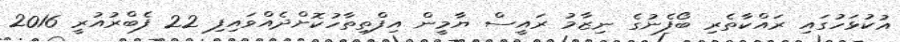
އުކުޅަހުގައި ރައްކާތެރި ބޯފެނުގެ ނިޒާމު ރައީސް ޔާމީން އިފްތިތާހުކޮށްދެއްވައިފި 22 ފެބްރުއުރީ 2016